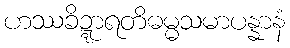
ဟဿခိဍ္ဍာရတိဓမ္မသမာပန္နာနံ